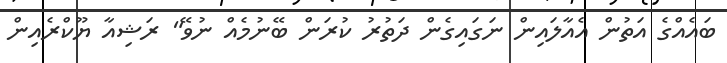
ބައެއްގެ އަތުން އެއާލައިން ނަގައިގެން ދަތުރު ކުރަން ބޭނުމެއް ނުވޭ" ރަޝިއާ ޔޫކްރެއިން